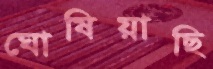
ঘোষিয়াছি